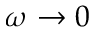
\omega \rightarrow 0